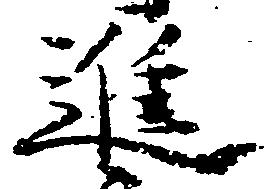
進